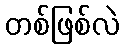
တစ်ဖြစ်လဲ